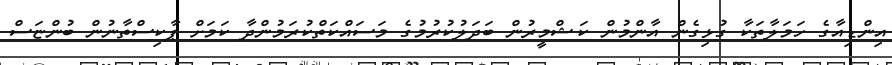
އިންޑިއާގެ ހަމަލާތަކާ ގުޅިގެން އާންމުން ކަޝްމީރުން ބަދަލުކުރުމުގެ މަސައްކަތްކުރަމުންދާ ކަމަށް ޕާކިސްތާނުން ބުންޏަސް